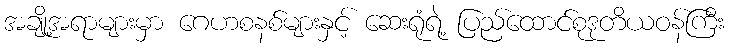
အချို့အရာများမှာ ဂေဟစနစ်များနှင့် ဆေးရုံရဲ့ ပြည်ထောင်စုဒုတိယဝန်ကြီး